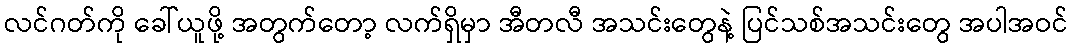
လင်ဂတ်ကို ခေါ်ယူဖို့ အတွက်တော့ လက်ရှိမှာ အီတလီ အသင်းတွေနဲ့ ပြင်သစ်အသင်းတွေ အပါအဝင်